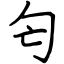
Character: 匄